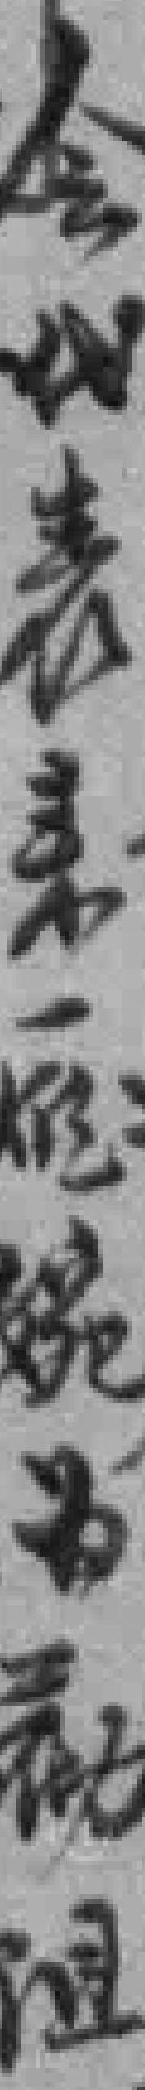
会代表表一*婉为勸阻